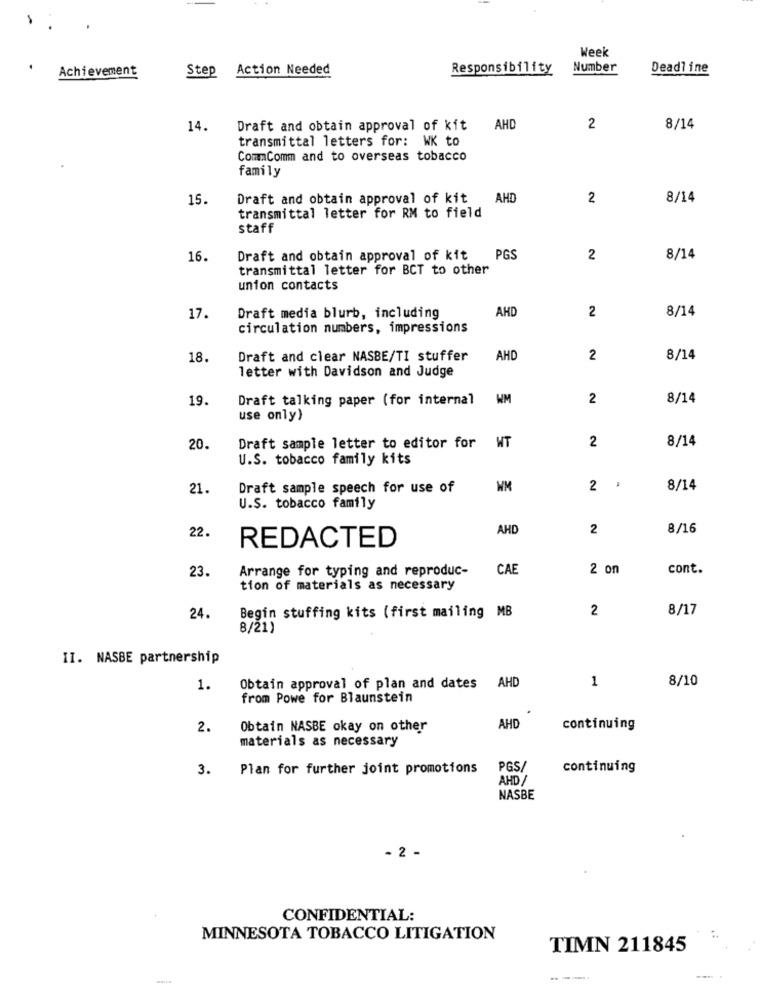
Week
Achievement
Step
Action Needed
Responsibility
Number
Deadline
14.
Draft and obtain approval of kit AHD
2
8/14
transmittal letters for: WK to
ComamComm and to overseas tobacco
family
15.
Draft and obtain approval of kit AHD
2
8/14
transmittal letter for RM to field
staff
16.
Draft and obtain approval of kit
PGS
2
8/14
transmittal letter for BCT to other
union contacts
17.
AHD
2
8/14
Draft media blurb, including
circulation numbers, impressions
18.
Draft and clear NASBE/TI stuffer
AHD
2
8/14
letter with Davidson and Judge
19.
Draft talking paper (for internal
WM
2
8/14
use only)
WT
2
8/14
20.
Draft sample letter to editor for
U.S. tobacco family kits
21.
Draft sample speech for use of
WM
2
.
8/14
U.S. tobacco family
AHD
2
8/16
22.
REDACTED
23.
Arrange for typing and reproduc-
CAE
2 on
cont.
tion of materials as necessary
2
8/17
24.
Begin stuffing kits (first mailing MB
8/21)
II. NASBE partnership
1
8/10
1.
Obtain approval of plan and dates AHD
from Powe for Blaunstein
2.
Obtain NASBE okay on other
AHD
continuing
materials as necessary
3.
Plan for further joint promotions
PGS/
continuing
AHD /
NASBE
- 2 -
CONFIDENTIAL:
MINNESOTA TOBACCO LITIGATION
TIMN 211845